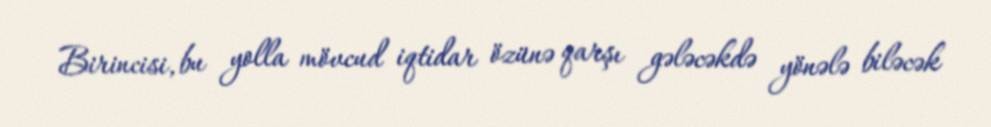
Birincisi, bu yolla mövcud iqtidar özünə qarşı gələcəkdə yönələ biləcək